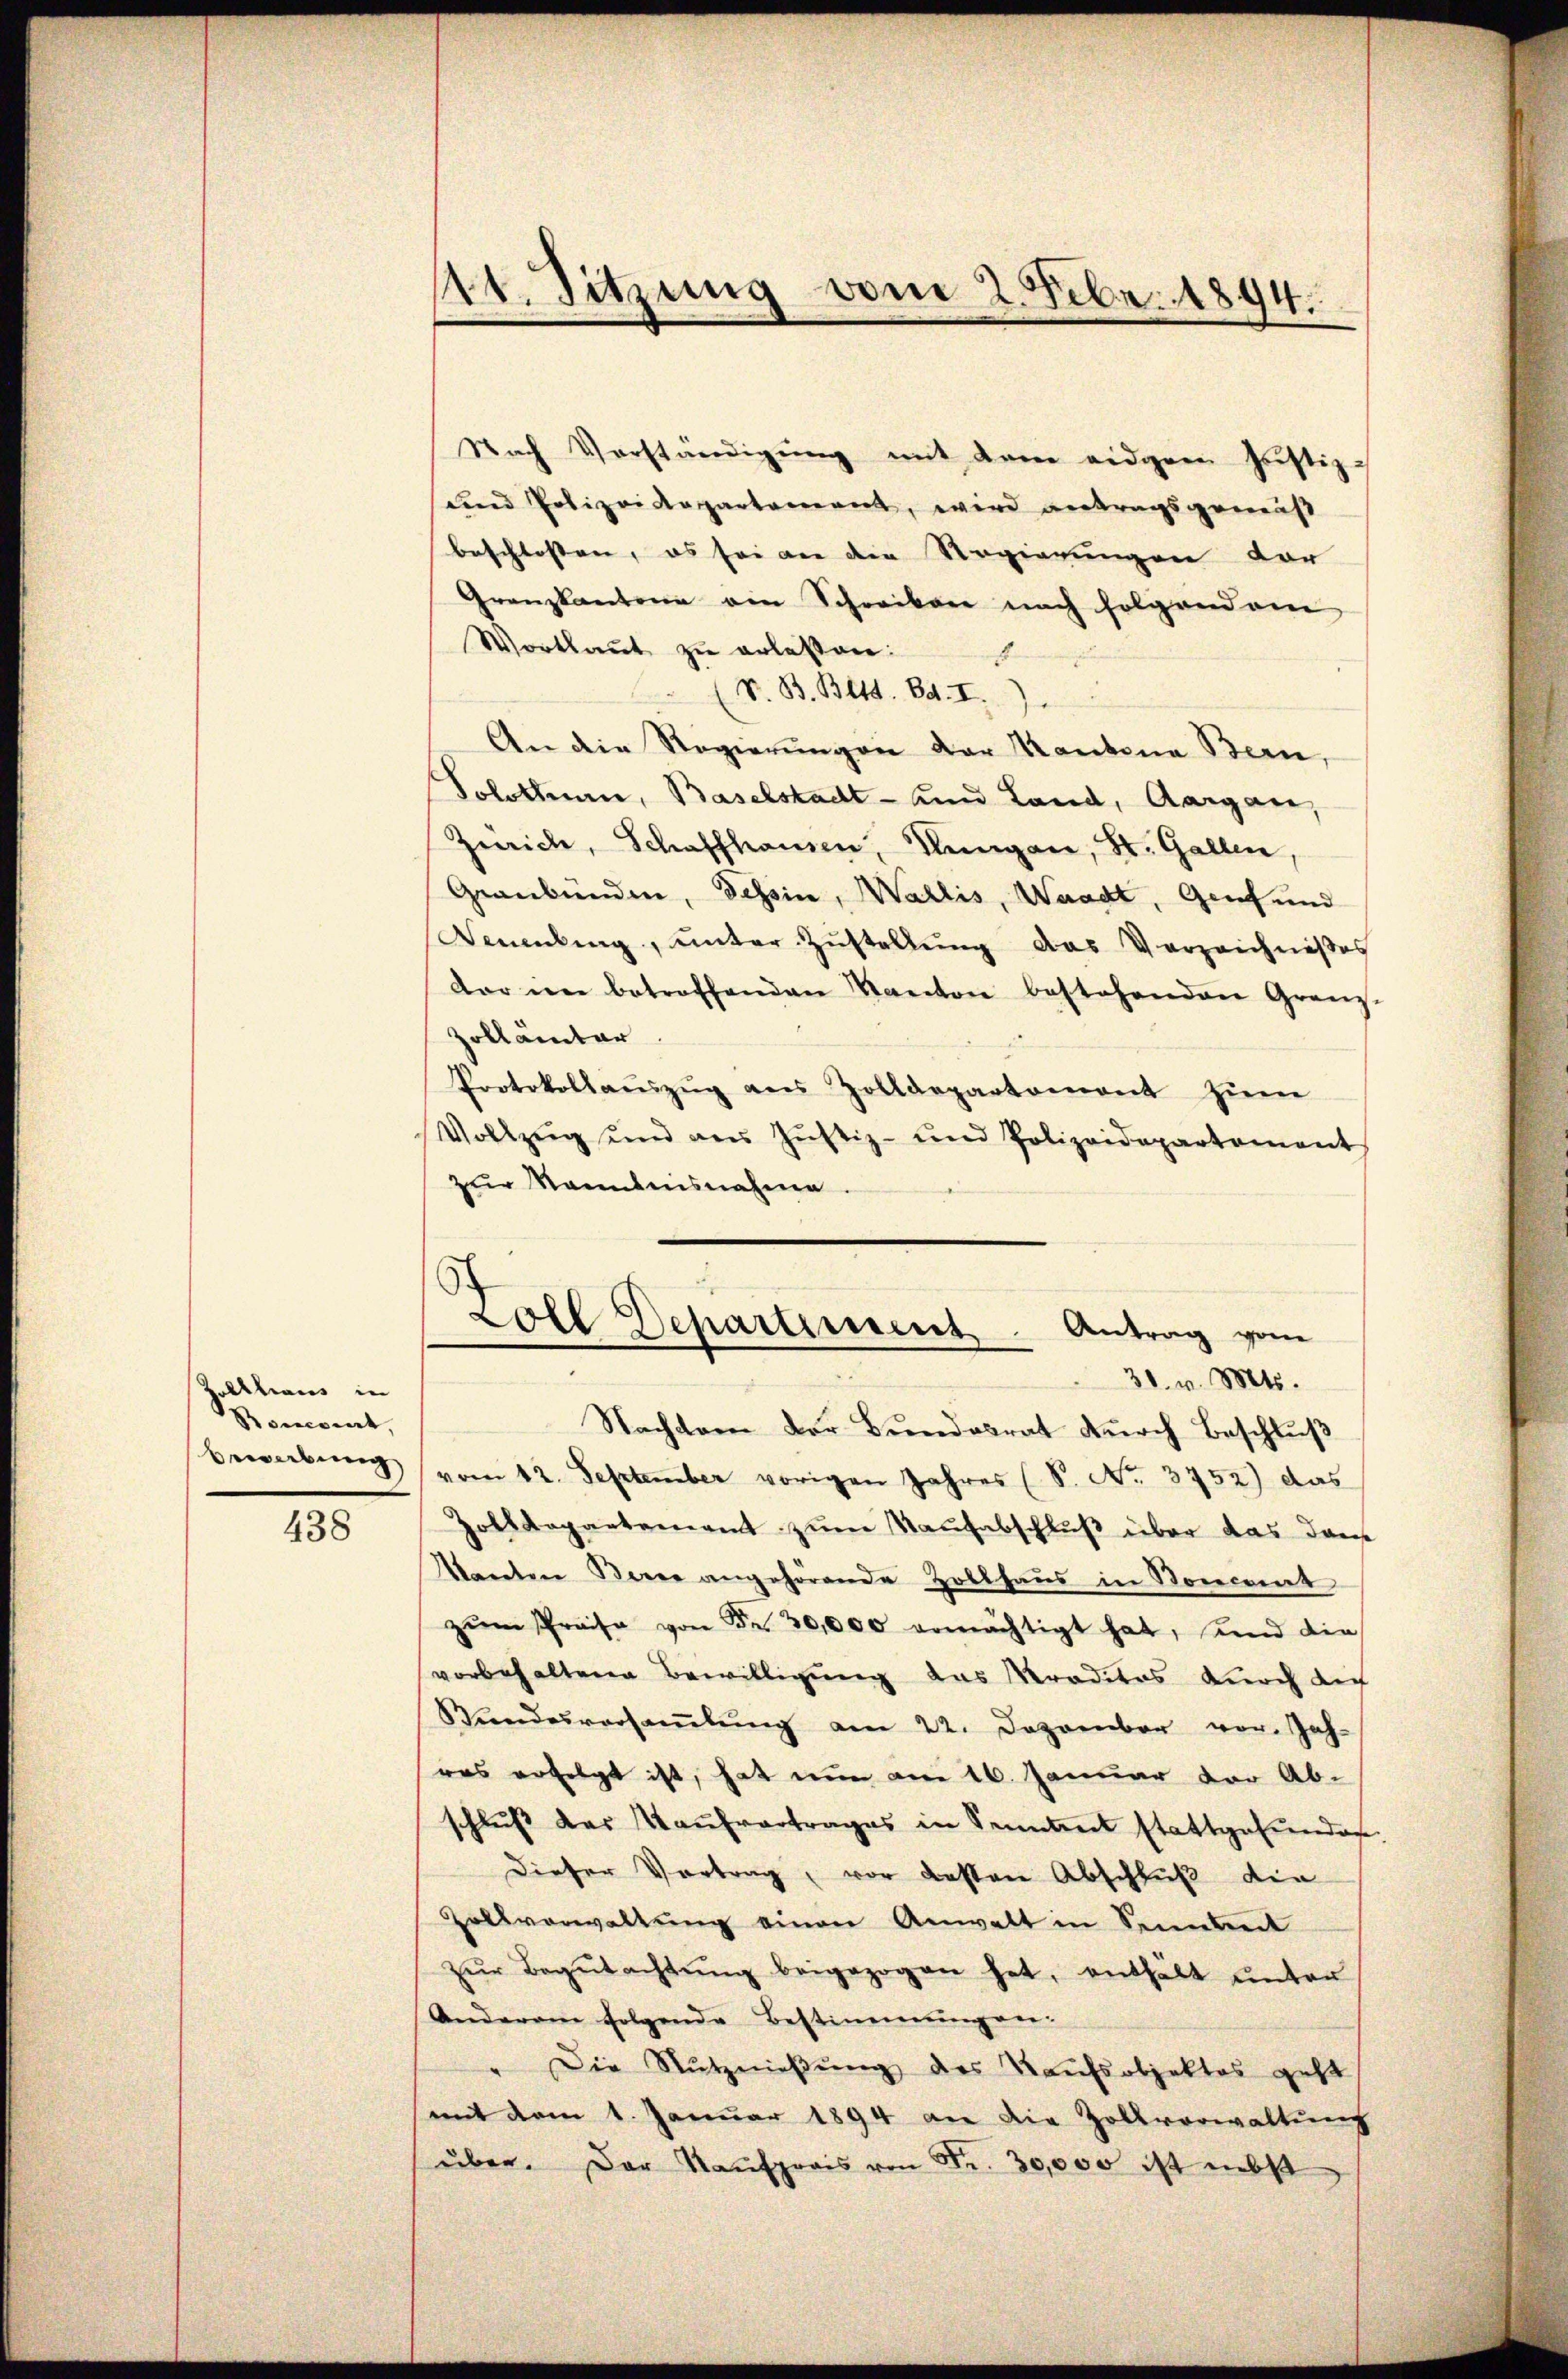
Folkhaus in
Roncorat,
Bewerbung

438

Nach Verständigung mit dann eidgren Justiz-
und Polizeidepartement, wird antragsgemäß
beschlossen, es sei an die Regierungen vor
Granzkantone ein Schreiben nach folgendem
Wortlaut zu erlassen:
 V. B. Bett. 84. I.
An die Regierŭngen der Kantona Bern,
Solothurn, Baselstadt- und Land, Aargau,
Zürich, Schaffhausen, Hungau, St. Gallen,
Graubünden, Tessin, Wallis, Waadt, Genf und
Neuenburg, ŭnter Zŭstellŭng das Verzeichniβes
dar in betreffenden Kanton bestehenden Granz-
Zollämter.
Protokollaŭszŭg ans Zolldepartament zŭm
Vollzug und aus Jŭstiz- und Polizeidepartement
zur Kenntnisnahme.

1t. Sitzung vom 2. Febr. 1894.

Zoll Departement. Antrag vom
31. v. Mts.

Nachdem der Bŭndesrat dŭrch Beschlŭβ
vom 12. September vorigen Jahres (S. No. 3752) das
Zolldepartement zum Raufabschluß über das dan
Manten Berne angehörende Zollhaus in Koncent
zŭm Preise von Fr. 20,000 ermächtigt hat, und die
vorbehaltene Bewilligung das Kreditas durch die
Wundesversaṁlŭng am 22. Dezember vor. Jah-
was erfolgt ist, hat nun am 16. Januar vor Ab-
schlŭβ der Kaŭfvertrages in Sentent stattgefunden.
dieser Vortrag, vor dessen Abschluß die
Zollverwaltung einen Anwalt in Sennheit
zŭr Begŭtachtŭng beigezogen hat, enthält ŭnter
Anderem folgende Bestimmung an-
" Die Nutznieβŭng des Kaufsobjektes geht
(mit dem 1. Januar 1894 an die Zollverwaltung
über. Der Kaŭfpreis von Fr. 30,000 ist nebst